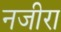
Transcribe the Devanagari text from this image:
नजीरा